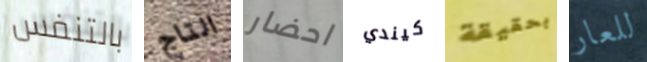
بالتنفس التاج احضار كيندي بحقيقة للعار